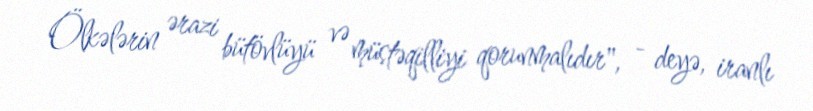
Ölkələrin ərazi bütövlüyü və müstəqilliyi qorunmalıdır", - deyə, iranlı